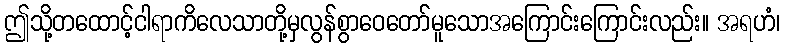
ဤသို့တထောင့်ငါရာကိလေသာတို့မှလွန်စွာဝေတော်မူသောအကြောင်းကြောင်းလည်း။ အရဟံ၊